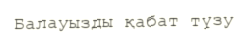
Балауызды қабат түзу